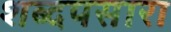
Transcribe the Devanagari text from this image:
शब्दपसारा